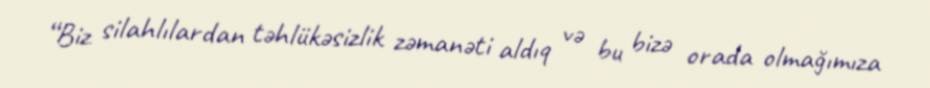
“Biz silahlılardan təhlükəsizlik zəmanəti aldıq və bu bizə orada olmağımıza